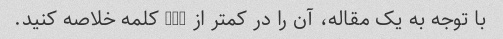
با توجه به یک مقاله، آن را در کمتر از 100 کلمه خلاصه کنید.